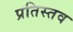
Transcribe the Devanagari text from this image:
प्रतिस्तव